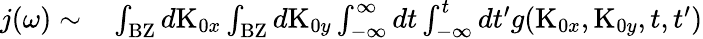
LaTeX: \begin{array}{rl}{\textit{j}(\omega)\sim}&{{}\int_{\textrm{BZ}}d\textrm{K}_{0x}\int_{\textrm{BZ}}d\textrm{K}_{0y}\int_{-\infty}^{\infty}dt\int_{-\infty}^{t}dt^{\prime}g(\textrm{K}_{0x},\textrm{K}_{0y},t,t^{\prime})}\end{array}